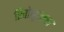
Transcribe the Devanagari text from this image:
रिवोलूशन्स